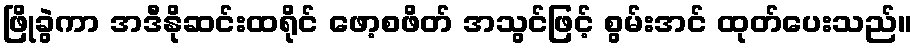
ဖြိုခွဲကာ အဒီနိုဆင်းထရိုင် ဖော့စဖိတ် အသွင်ဖြင့် စွမ်းအင် ထုတ်ပေးသည်။